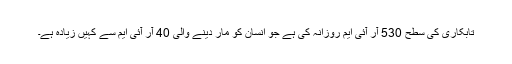
تابکاری کی سطح 530 آر آئی ایم روزانہ کی ہے جو انسان کو مار دینے والی 40 آر آئی ایم سے کہیں زیادہ ہے۔